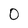
Character: 0